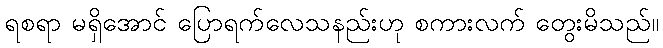
ရစရာ မရှိအောင် ပြောရက်လေသနည်းဟု စကားလက် တွေးမိသည်။